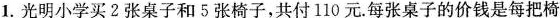
1.光明小学买2张桌子和5张椅子，共付110元。每张桌子的价钱是每把椅